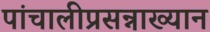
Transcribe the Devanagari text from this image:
पांचालीप्रसन्नाख्यान